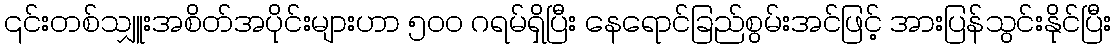
၎င်းတစ်သျှူးအစိတ်အပိုင်းများဟာ ၅၀၀ ဂရမ်ရှိပြီး နေရောင်ခြည်စွမ်းအင်ဖြင့် အားပြန်သွင်းနိုင်ပြီး